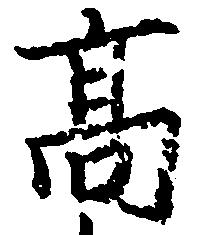
高